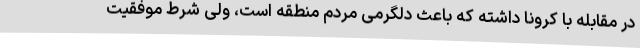
در مقابله با کرونا داشته که باعث دلگرمی مردم منطقه است، ولی شرط موفقیت